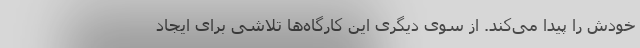
خودش را پیدا می‌کند. از سوی دیگری این کارگاه‌ها تلاشی برای ایجادِ